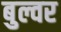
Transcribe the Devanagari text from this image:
बुल्वर